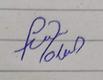
Signature authenticity: forged